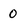
Character: 0